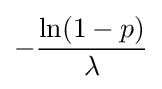
-{\frac {\ln(1-p)}{\lambda }}